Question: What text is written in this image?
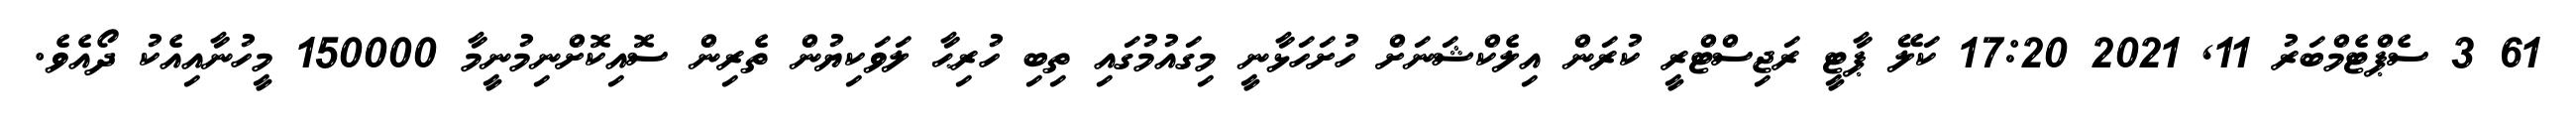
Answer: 61 3 ސެޕްޓެމްބަރު 11, 2021 17:20 ކަލޭ ޕާޓީ ރަޖިސްޓްރީ ކުރަން އިލެކްޝަނަށް ހުށަހަޅާނީ މިގައުމުގައި ތިބި ހުރިޙާ ލަވަކިޔުން ތެރިން ސޮއިކޮށްނިމުނީމާ 150000 މީހުނާއިއެކު ދޯއެވެ.